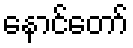
နောင်တော်